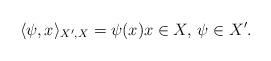
LaTeX: \begin{align*}\langle \psi,x \rangle_{X',X} =\psi(x)x\in X,\, \psi\in X'.\end{align*}